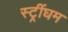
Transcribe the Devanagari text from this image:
स्ट्रींघम